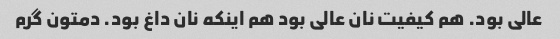
عالی بود. هم کیفیت نان عالی بود هم اینکه نان داغ بود. دمتون گرم